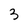
Character: 3